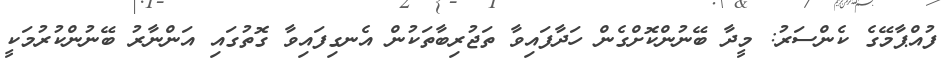
ފުއްޕާމޭގެ ކެންސަރު: މީދާ ބޭނުންކޮށްގެން ހަދާފައިވާ ތަޖުރިބާތަކުން އެނގިފައިވާ ގޮތުގައި އަންނާރު ބޭނުންކުރުމަކީ